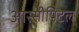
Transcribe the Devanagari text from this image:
आस्सीपिटल